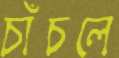
চাঁচলে